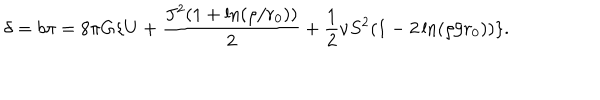
LaTeX: \delta = b \pi = 8 \pi G \{ U + \frac { J ^ { 2 } ( 1 + \ln ( \rho / r _ { 0 } ) ) } { 2 } + \frac { 1 } { 2 } \nu S ^ { 2 } ( 1 - 2 \ln ( \rho / r _ { 0 } ) ) \} .